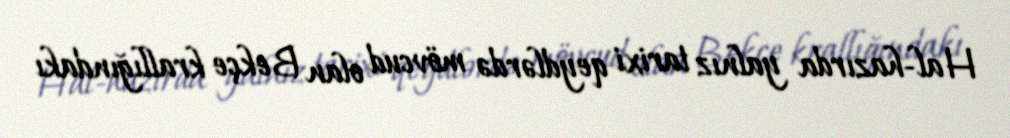
Hal-hazırda yalnız tarixi qeydlərdə mövcud olan Bekçe krallığındakı